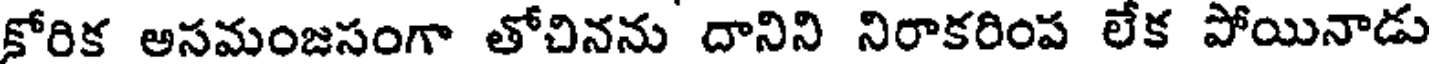
కోరిక అసమంజసంగా తోచినను దానిని నిరాకరింప లేక పోయినాడు